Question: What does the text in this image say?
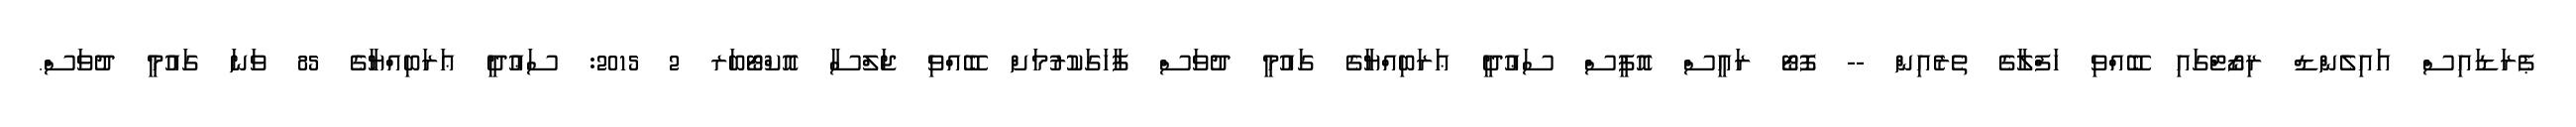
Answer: ޕެރަޑައިސް އައިލެންޑް ރިޒޯޓްގައި ބޭއްވި ހަފްލާގެ ތެރެއިން -- ފޮޓޯ ރައީސް އޮފީސް ސަޢުދީ ޢަރަބިއްޔާގެ ގައުމީ ދުވަސް ފާހަގަކުރުމަށް ބޭއްވި ޖަލްސާ އޮކްޓޯބަރ 2 2015: ސަޢުދީ ޢަރަބިއްޔާގެ 85 ވަނަ ގައުމީ ދުވަސް.